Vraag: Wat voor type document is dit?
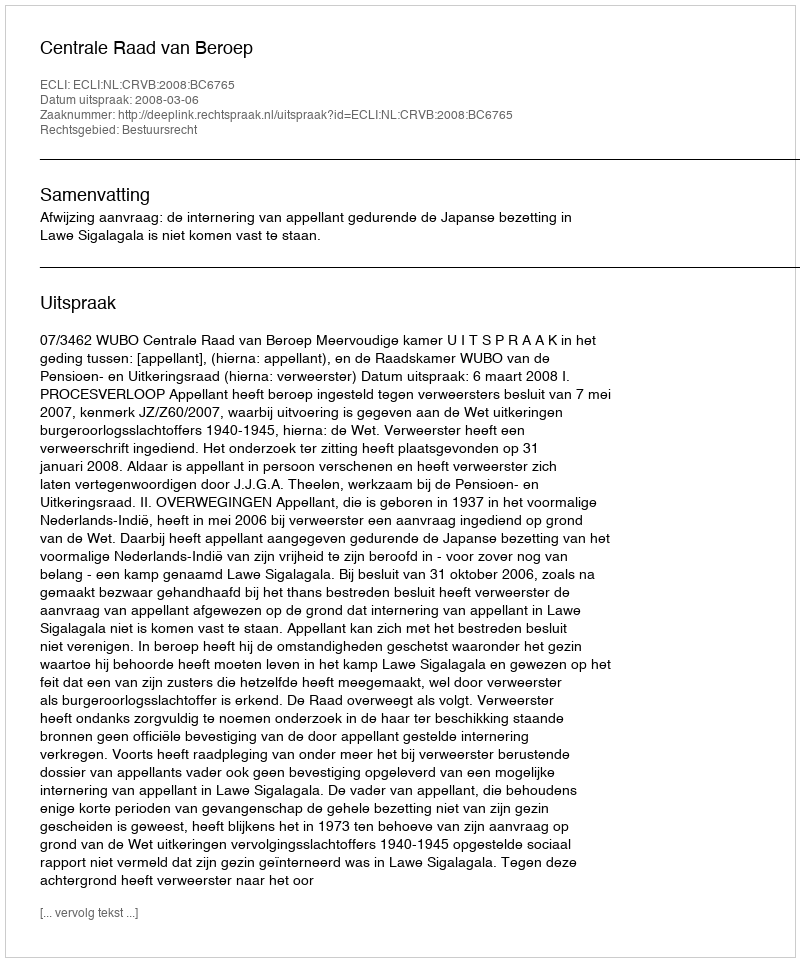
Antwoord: Uitspraak